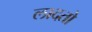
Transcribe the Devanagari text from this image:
लादतो